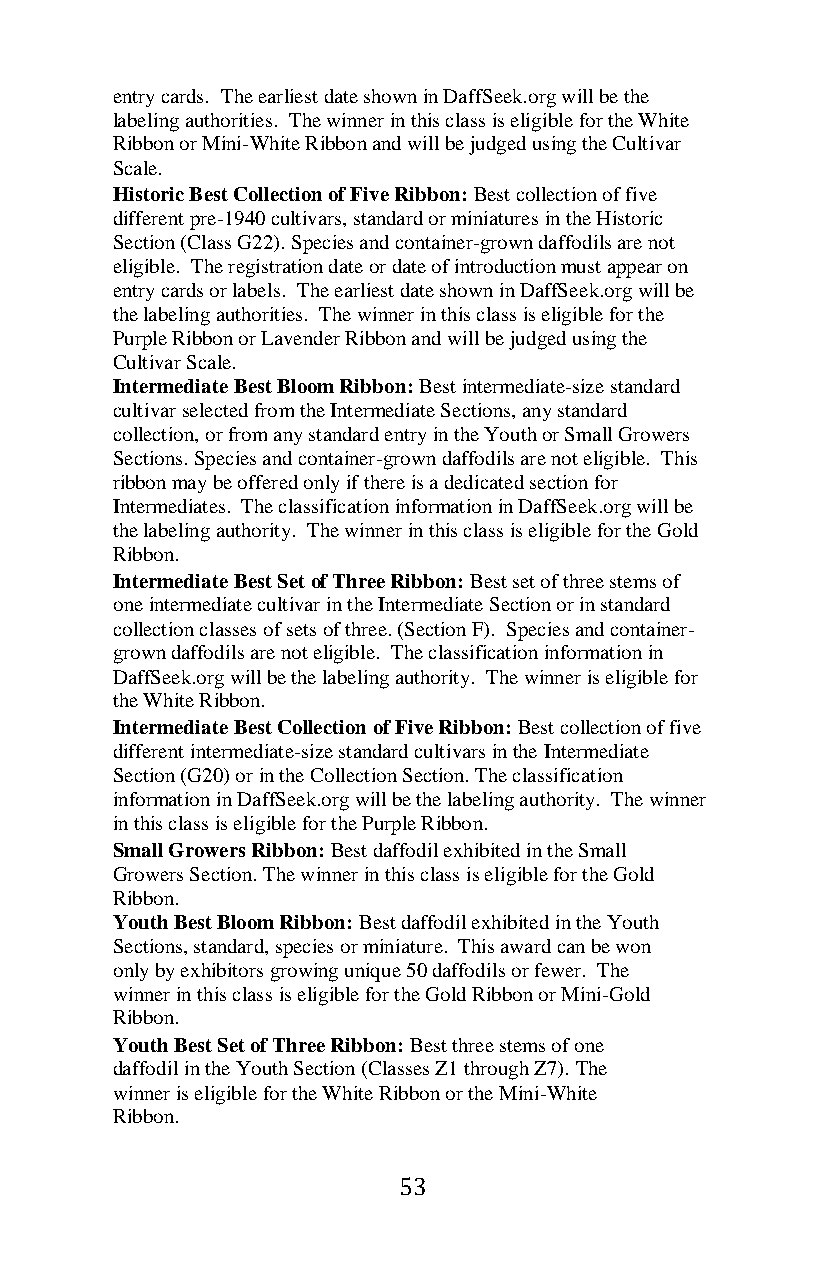
entry cards. The earliest date shown in DaffSeek.org will be the
 labeling authorities. The winner in this class is eligible for the White
 Ribbon or Mini-White Ribbon and will be judged using the Cultivar
 Scale.
 Historic Best Collection of Five Ribbon: Best collection of five
 different pre-1940 cultivars, standard or miniatures in the Historic
 Section (Class G22). Species and container-grown daffodils are not
 eligible. The registration date or date of introduction must appear on
 entry cards or labels. The earliest date shown in DaffSeek.org will be
 the labeling authorities. The winner in this class is eligible for the
 Purple Ribbon or Lavender Ribbon and will be judged using the
 Cultivar Scale.
 Intermediate Best Bloom Ribbon: Best intermediate-size standard
 cultivar selected from the Intermediate Sections, any standard
 collection, or from any standard entry in the Youth or Small Growers
 Sections. Species and container-grown daffodils are not eligible. This
 ribbon may be offered only if there is a dedicated section for
 Intermediates. The classification information in DaffSeek.org will be
 the labeling authority. The winner in this class is eligible for the Gold
 Ribbon.
 Intermediate Best Set of Three Ribbon: Best set of three stems of
 one intermediate cultivar in the Intermediate Section or in standard
 collection classes of sets of three. (Section F). Species and container-
 grown daffodils are not eligible. The classification information in
 DaffSeek.org will be the labeling authority. The winner is eligible for
 the White Ribbon.
 Intermediate Best Collection of Five Ribbon: Best collection of five
 different intermediate-size standard cultivars in the Intermediate
 Section (G20) or in the Collection Section. The classification
 information in DaffSeek.org will be the labeling authority. The winner
 in this class is eligible for the Purple Ribbon.
 Small Growers Ribbon: Best daffodil exhibited in the Small
 Growers Section. The winner in this class is eligible for the Gold
 Ribbon.
 Youth Best Bloom Ribbon: Best daffodil exhibited in the Youth
 Sections, standard, species or miniature. This award can be won
 only by exhibitors growing unique 50 daffodils or fewer. The
 winner in this class is eligible for the Gold Ribbon or Mini-Gold
 Ribbon.
 Youth Best Set of Three Ribbon: Best three stems of one
 daffodil in the Youth Section (Classes Z1 through Z7). The
 winner is eligible for the White Ribbon or the Mini-White
 Ribbon.
 53